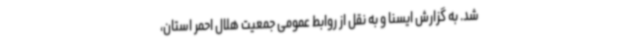
شد. به گزارش ایسنا و به نقل از روابط عمومی جمعیت هلال احمر استان،